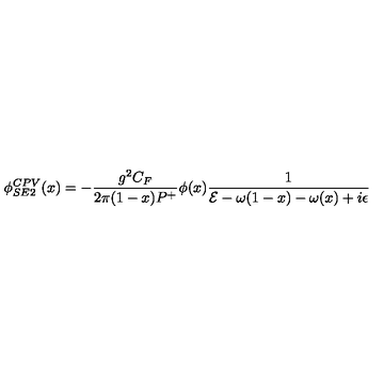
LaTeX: \phi _ { S E 2 } ^ { C P V } ( x ) = - { \frac { g ^ { 2 } C _ { F } } { 2 \pi ( 1 - x ) P ^ { + } } } \phi ( x ) { \frac { 1 } { { \cal E } - \omega ( 1 - x ) - \omega ( x ) + i \epsilon } }